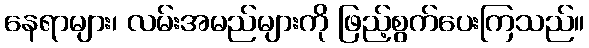
နေရာများ၊ လမ်းအမည်များကို ဖြည့်စွက်ပေးကြသည်။